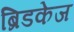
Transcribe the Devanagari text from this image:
ब्रिडकेज